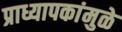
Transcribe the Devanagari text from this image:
प्राध्यापकांमुळे